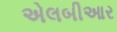
એલબીઆર